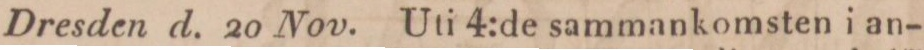
Dresden d. 20 Nov. Uti 4:de sammankomsten i an-